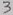
Text: 3